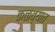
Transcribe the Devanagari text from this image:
कळव्यात